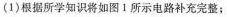
(1)根据所学知识将如图1所示电路补充完整；